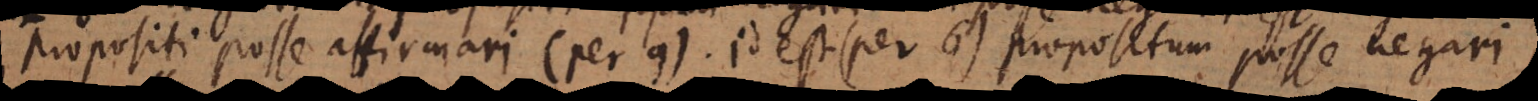
propositi posse affirmari (per 9). Id est (per 6) propositum posse negari.